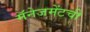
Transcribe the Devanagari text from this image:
मॅनेजमेंटची